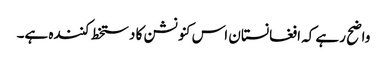
واضح رہے کہ افغانستان اس کنونشن کا دستخط کنندہ ہے۔